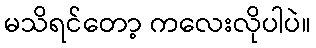
မသိရင်တော့ ကလေးလိုပါပဲ။